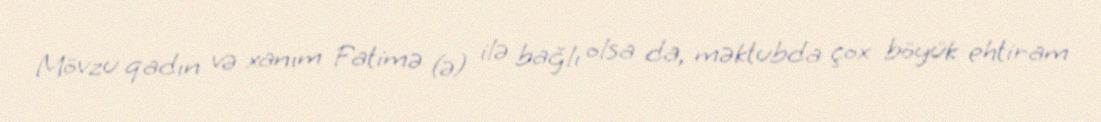
Mövzu qadın və xanım Fatimə (ə) ilə bağlı olsa da, məktubda çox böyük ehtiram